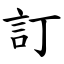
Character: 訂